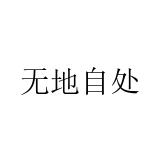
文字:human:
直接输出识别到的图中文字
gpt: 无地自处